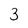
Character: 3